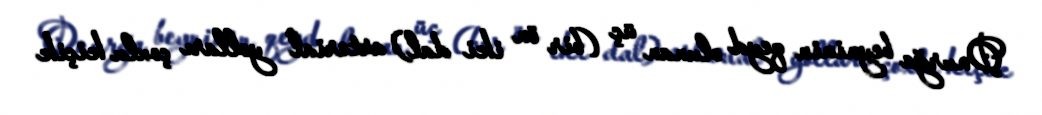
Onurğa beyninin qeyd olunan üç (bir ön iki dal) arterial yolları çoxlu kiçik